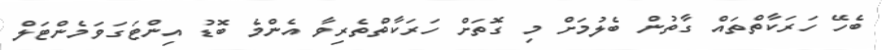
ބެހޭ ހަރަކާތްތައް ގާތުން ބެލުމަށް މި ގޮތަށް ހަރަކާތްތެރިވާ އެންމެ ބޮޑު އިންޓަގަވަމެންޓަލް